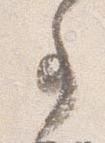
事